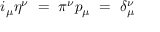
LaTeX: i _ { \mu } \eta ^ { \nu } ~ = ~ \pi ^ { \nu } p _ { \mu } ~ = ~ \delta _ { \mu } ^ { \nu }